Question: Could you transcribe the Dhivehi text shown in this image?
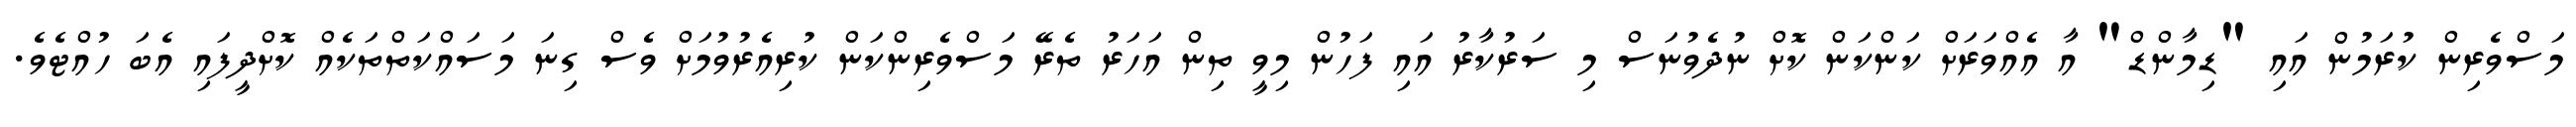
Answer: މަސްވެރިން ކުރަމުން އައި "ޑިމާންޑް" އާ އެއްވަރަށް ކަންކަން ކޮށް ނުދެވުނަސް މި ސަރުކާރު އައި ފަހުން މިވީ ތިން އަހަރު ތެރޭ މަސްވެރިންކަން ކުރިއެރުވުމަށް ވެސް ގިނަ މަސައްކަތްތަކެއް ކޮށްދީފައި އެބަ ހުއްޓެވެ.